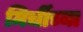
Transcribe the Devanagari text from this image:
मिर्चीच्या